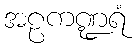
အဠကဏ္ဍရံ